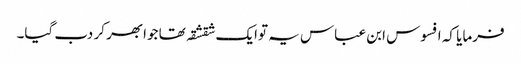
فرمایا کہ افسوس ابن عباس یہ توایک شقشقہ تھا جوابھر کر دب گیا۔